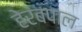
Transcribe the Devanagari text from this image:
हेरंबपाल